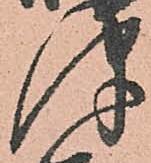
津